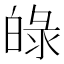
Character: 𤽺